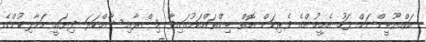
އައްޔޫބީންނަށް ފަހު އެމީހުންގެ ވެރިކަން އޮތް ބިންތައްކަމުގައިވާ މިޞްރާއި ޝާމްކަރަ ދިޔައީ މަމާލިކުންގެ